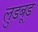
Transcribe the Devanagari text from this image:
लुडबूड